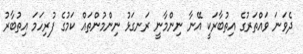
ދެވަނަ ވައްތަރުގެ އިތުބާރަކީ އޭނާ ނިންމާނީ ރަނގަޅު ނިންމުންތައް ކަމުގެ ފުރިހަމަ އިތުބާރު